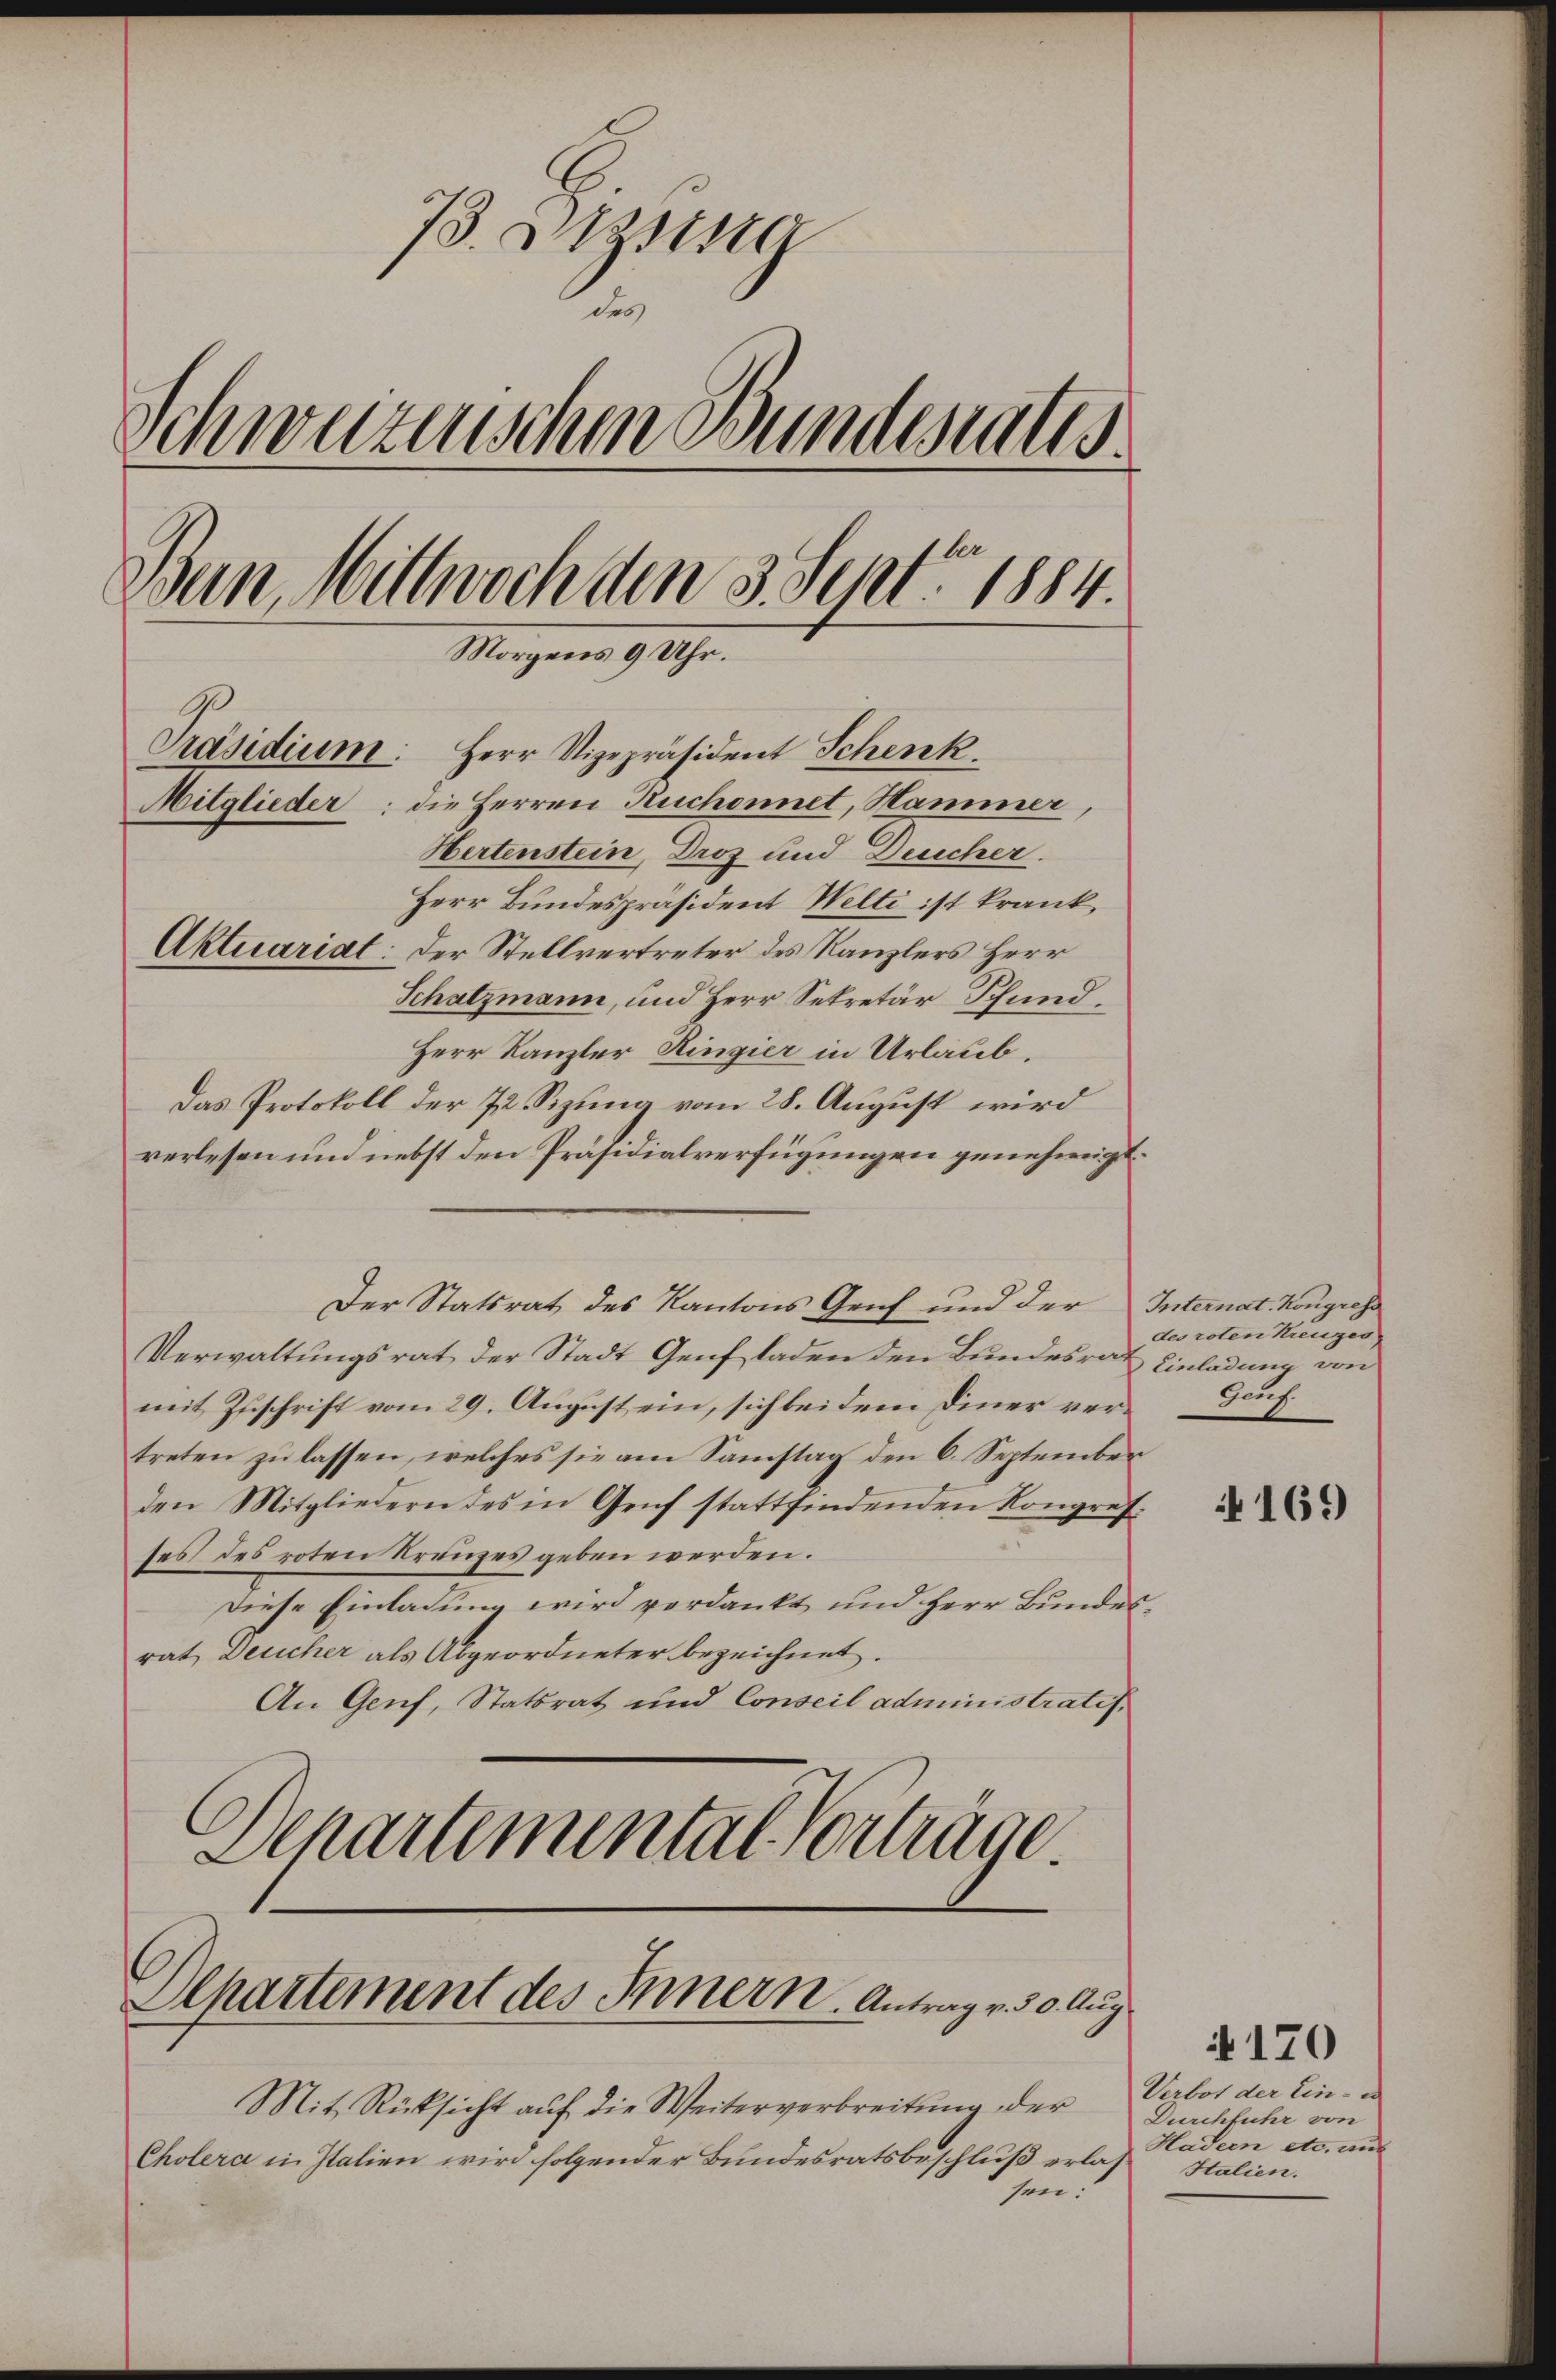
73. Btzsta
1
Schweizerischen Bundestatis
Wein, Wittwoch den 3. Sept. 1884.
Morgens 9 Uhr.
Präsidium. Herr Vizepräsident Schenk
Mitglieder: die Herren Ruchonnet, Hammer,
Hertenstein, Droz und Deucher.
Herr Bundespräsident Welti ist krank,
Aktuariat: Der Stellvertreter des Kanzlers Herr
Schatzmann, und Herr Sekretär Pfund¬

Herr Kanzler Ringier in Urlaub.
Das Protokoll der 72 Sizung vom 28. August wird
verlesen und nebst den Präsidialverfügungen genehmigt.
Der Statsrat des Kantons Genf und der Internat. Kongress
Verwaltŭngsrat der Stadt Genf laden den Bundesrat Einladung von
mit Zuschrift vom 29. August ein, sich bei dem Diner ver-Bauf.
treten zu lassen, welches sie am Samstag den 6. September
den Mitgliedern des in Genf stattfindenden Kongres.
ses des roten Kreuzes geben werden.
Diese Einladung wird verdankt und Herr Bundesrat Deucher als Abgeordneter bezeichnet.
An Genf, Statsrat und Conseil administratif¬
Departemental Vorträge

Olpartement des Innern. Antrag v. 30. Aug.

Mit Rücksicht auf die Weiterverbreitung der
Cholera in Italien wird folgender Bundesratsbeschluß erlassen:

des roten Kreuzes

169

Verbot der Ein- u
Durchfuhr von
Hadern etc. aus
Italien.

170